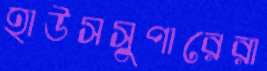
হাউসসুপারেরা